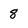
Character: 8